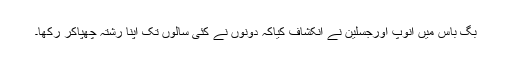
بگ باس میں انوپ اورجسلین نے انکشاف کیاکہ دونوں نے کئی سالوں تک اپنا رشتہ چھپاکر رکھا۔